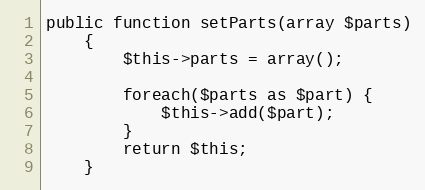
Language: PHP
public function setParts(array $parts)
    {
        $this->parts = array();

        foreach($parts as $part) {
            $this->add($part);
        }
        return $this;
    }